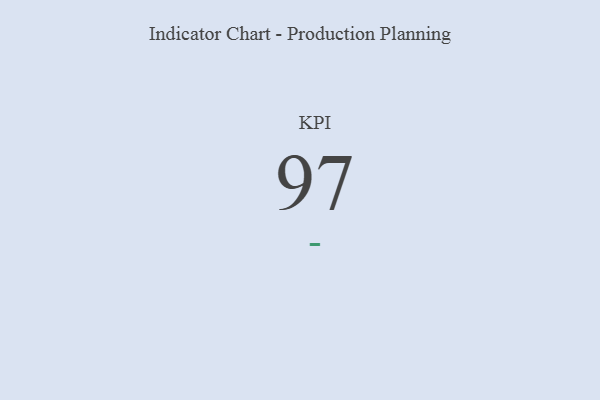
{"axis": {"x": "KPI", "y": "Value"}, "legend": [""], "data": [{"x": "KPI", "y": 97, "type": ""}]}